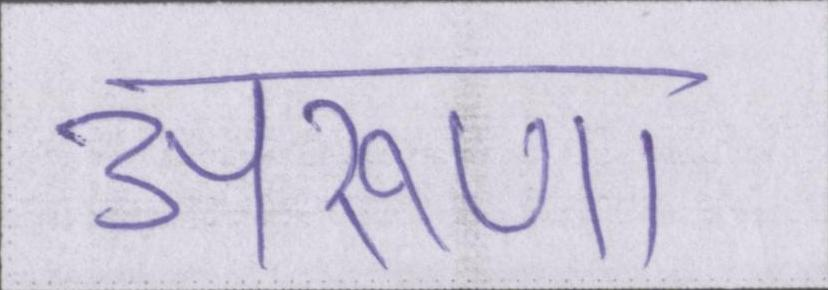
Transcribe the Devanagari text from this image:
अरूणा